Account of plague administration in the Bombay Presidency from September 1896 till May 1897
Year: 1896
Disease focus: Plague
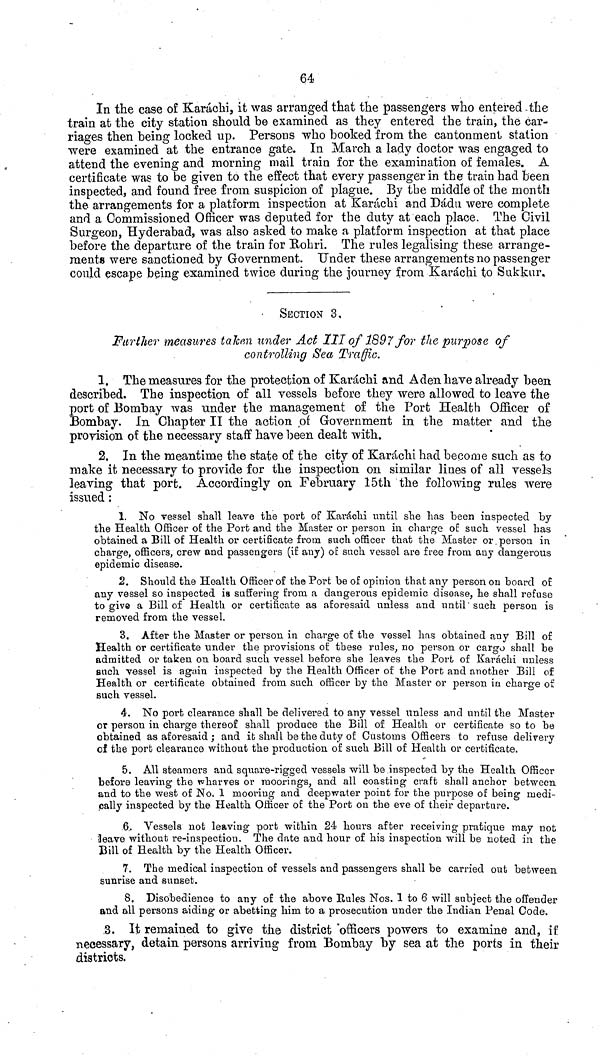
64
In the case of Karáchi, it was arranged that the passengers who entered the
train at the city station should be examined as they entered the train, the car-
riages then being locked up. Persons who booked from the cantonment station
were examined at the entrance gate. In March a lady doctor was engaged to
attend the evening and morning mail train for the examination of females. A
certificate was to be given to the effect that every passenger in the train had been
inspected, and found free from suspicion of plague. By the middle of the month
the arrangements for a platform inspection at Karáchi and Dádu were complete
and a Commissioned Officer was deputed for the duty at each place. The Civil
Surgeon, Hyderabad, was also asked to make a platform inspection at that place
before the departure of the train for Rohri. The rules legalising these arrange-
ments were sanctioned by Government. Under these arrangements no passenger
could escape being examined twice during the journey from Karachi to Sukkur.
SECTION 3,
Further measures taken under Act XII of 1897 for the purpose of
controlling Sea Traffic.
1. The measures for the protection of Karachi and Aden have already been
described. The inspection of all vessels before they were allowed to leave the
port of Bombay was under the management of the Port Health Officer of
Bombay. In Chapter II the action of Government in the matter and the
provision of the necessary staff have been dealt with.
2. In the meantime the state of the city of Karáchi had become such as to
make it necessary to provide for the inspection on similar lines of all vessels
leaving that port. Accordingly on February 15th the following rules were
issued :
1. No vessel shall leave the port of Karáchi until she has been inspected by
the Health Officer of the Port and the Master or person in charge οf such vessel has
obtained a Bill of Health or certificate from such officer that the Master or person in
charge, officers, crew and passengers (if any) of such vessel are free from any dangerous
epidemic disease.
2. Should the Health Officer of the Port be of opinion that any person on board of
any vessel so inspected is suffering from a dangerous epidemic disease, he shall refuse
to give a Bill of Health or certificate as aforesaid unless and until such person is
removed from the vessel.
3. After the Master or person in charge of the vessel has obtained any Bill of
Health or certificate under the provisions of these rules, no person or cargo shall be
admitted or taken on board such vessel before she leaves the Port of Karachi unless
such vessel is again inspected by the Health Officer of the Port and another Bill of
Health or certificate obtained from such officer by the Master or person in charge of
such vessel.
4. No port clearance shall be delivered to any vessel unless and until the Master
or person in charge thereof shall produce the Bill of Health or certificate so to be
obtained as aforesaid ; and it shall be the duty of Customs Officers to refuse delivery
of the port clearance without the production of such Bill of Health or certificate.
5. All steamers and square-rigged vessels will be inspected by the Health Officer
before leaving the wharves or moorings, and all coasting craft shall anchor between
and to the west of No. 1 mooring and deepwater point for the purpose of being medi-
cally inspected by the Health Officer of the Port on the eve of their departure.
6 Vessels not leaving port within 24 hours after receiving pratique may not
leave without re-inspection. The date and hour of his inspection will be noted in the
Bill of Health by the Health Officer.
7. The medical inspection of vessels and passengers shall be carried out between
sunrise and sunset.
8. Disobedience to any of the above Rules Nos. 1 to 6 will subject the offender
and all persons aiding or abetting him to a prosecution under the Indian Penal Code.
3. It remained to give the district officers powers to examine and, if
necessary, detain persons arriving from Bombay by sea at the ports in their
districts,